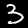
Digit: 3